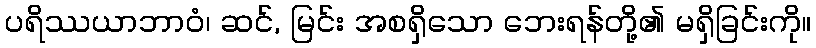
ပရိဿယာဘာဝံ၊ ဆင်, မြင်း အစရှိသော ဘေးရန်တို့၏ မရှိခြင်းကို။